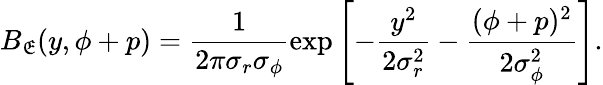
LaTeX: B_{\mathfrak{E}}(y,\phi+p)=\frac{{1}}{{2\pi\sigma_{r}\sigma_{\phi}}}\exp\left[-\frac{{y^{2}}}{{2\sigma_{r}^{2}}}-\frac{{(\phi+p)^{2}}}{{2\sigma_{\phi}^{2}}}\right].